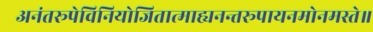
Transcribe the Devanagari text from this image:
अनंतरूपेविनियोजितात्माह्यनन्तरूपायनमोनमस्ते॥